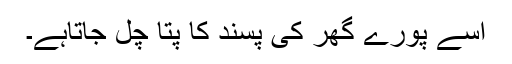
اسے پورے گھر کی پسند کا پتا چل جاتاہے۔